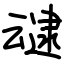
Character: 叇